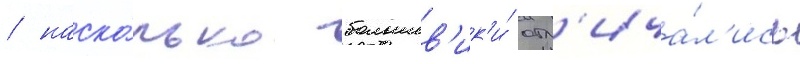
/ наско́лько большев'ик'и́ отл'ича́л'ись